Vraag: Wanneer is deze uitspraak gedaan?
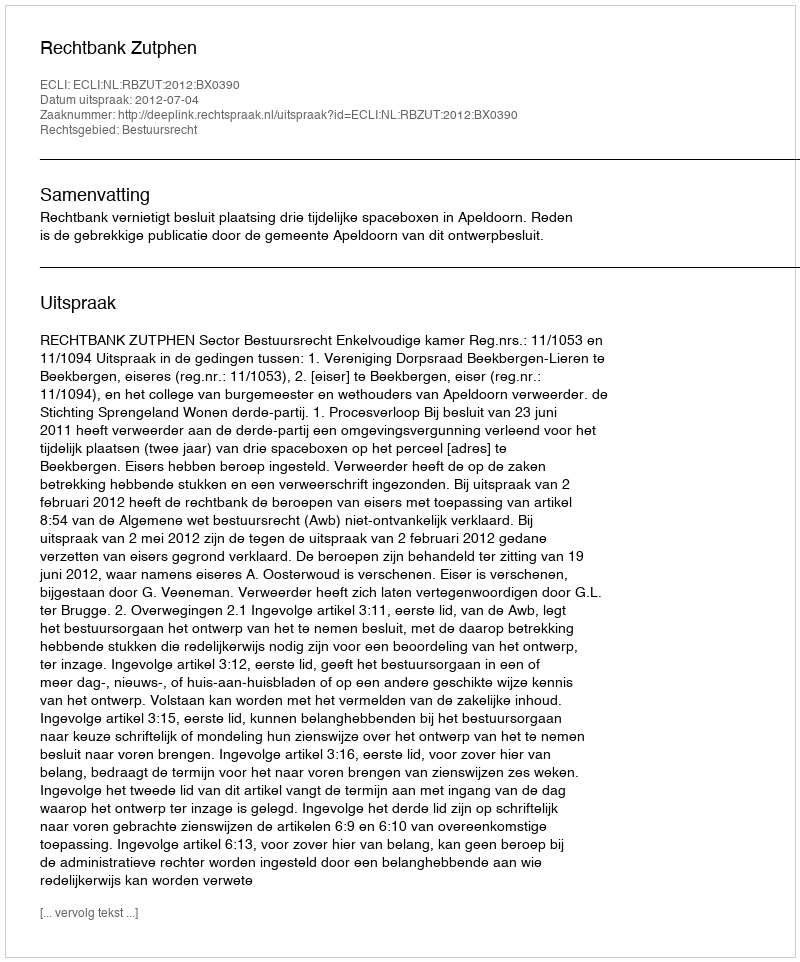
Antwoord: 2012-07-04